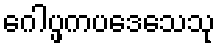
ဂေါပ္ဖကပဒေသေသု